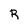
Character: R